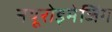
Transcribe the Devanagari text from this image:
नयूरोइमेजिंग